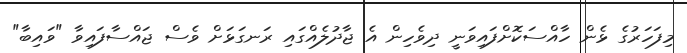
މިފަހަރުގެ ޅެން ހާއްސަކޮށްފައިވަނީ ދިވެހިން އެ ޖާދުލެއްގައި ރަނގަޅަށް ވެސް ޖައްސާފައިވާ "ވައިބާ"